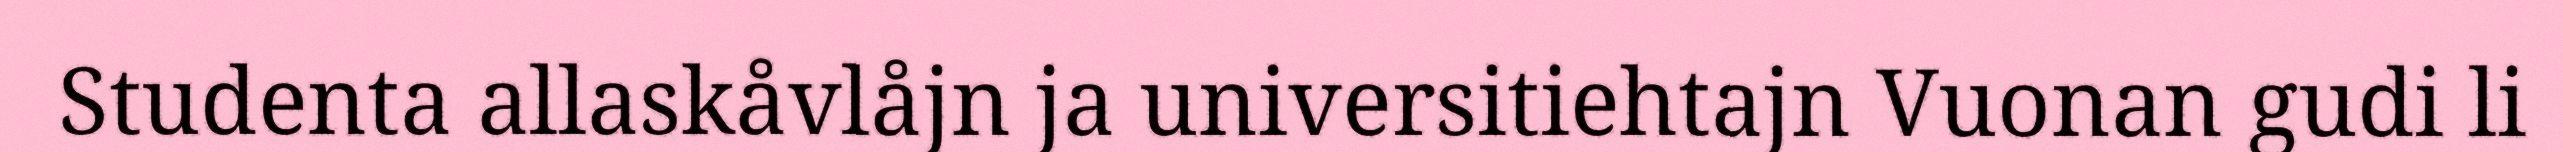
Studenta allaskåvlåjn ja universitiehtajn Vuonan gudi li